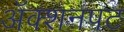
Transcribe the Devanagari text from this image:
अॅक्शनपट